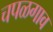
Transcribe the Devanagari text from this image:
चपळगाव